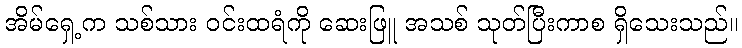
အိမ်ရှေ့က သစ်သား ဝင်းထရံကို ဆေးဖြူ အသစ် သုတ်ပြီးကာစ ရှိသေးသည်။